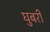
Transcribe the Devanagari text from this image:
घुबरी